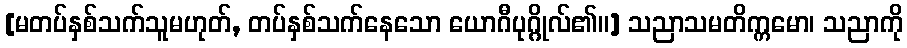
[မတပ်နှစ်သက်သူမဟုတ်, တပ်နှစ်သက်နေသော ယောဂီပုဂ္ဂိုလ်၏။] သညာသမတိက္ကမော၊ သညာကို